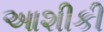
આશીકી